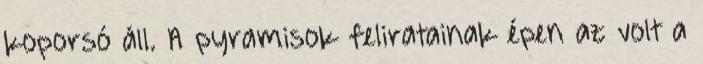
koporsó áll. A pyramisok feliratainak épen az volt a